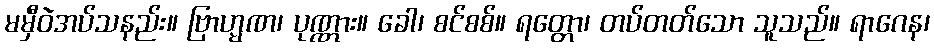
မမှီဝဲအပ်သနည်း။ ဗြာဟ္မဏ၊ ပုဏ္ဏား။ ခေါ၊ စင်စစ်။ ရတ္တော၊ တပ်တတ်သော သူသည်။ ရာဂေန၊